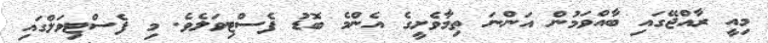
މިއީ ރާއްޖޭގައި ބާއްވަމުން އަންނަ ތިމާވެށީގެ އެންމެ ބޮޑު ފެސްޓިވަލެވެ. މި ފެސްޓިވަލްގައި